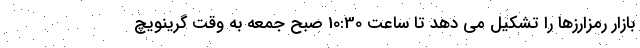
بازار رمزارزها را تشکیل می دهد تا ساعت 10:30 صبح جمعه به وقت گرینویچ